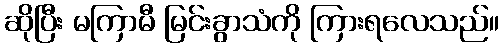
ဆိုပြီး မကြာမီ မြင်းခွာသံကို ကြားရလေသည်။